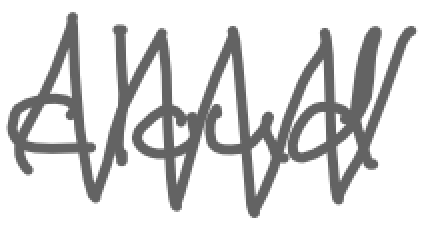
Text: cloud
Cross-out: zig-zag
Writing tool: digital_gray